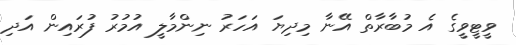
ވީޓީވީގެ އެ މުބާރާތް އޭނާ މިދިޔަ އަހަރު ނިންމާލީ އުމުރު ފުރައިން އަދި